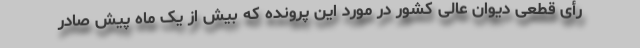
رأی قطعی دیوان عالی کشور در مورد این پرونده که بیش از یک ماه پیش صادر